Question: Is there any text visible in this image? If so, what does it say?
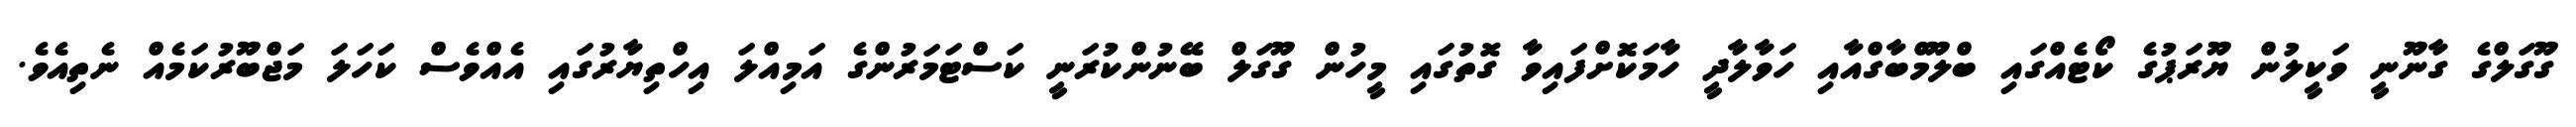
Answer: ގޫގަލްގެ ގާނޫނީ ވަކީލުން ޔޫރަޕުގެ ކޯޓެއްގައި ބްލޫމްބާގްއާއި ހަވާލާދީ ހާމަކޮށްފައިވާ ގޮތުގައި މީހުން ގޫގަލް ބޭނުންކުރަނީ ކަސްޓަމަރުންގެ އަމިއްލަ އިހްތިޔާރުގައި އެއްވެސް ކަހަލަ މަޖްބޫރުކަމެއް ނެތިއެވެ.